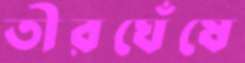
তীরঘেঁষে